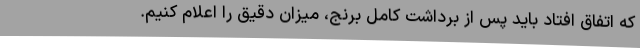
که اتفاق افتاد باید پس از برداشت کامل برنج، میزان دقیق را اعلام کنیم.